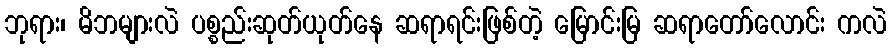
ဘုရား၊ မိဘများလဲ ပစ္စည်းဆုတ်ယုတ်နေ ဆရာရင်းဖြစ်တဲ့ မြောင်းမြ ဆရာတော်လောင်း ကလဲ